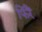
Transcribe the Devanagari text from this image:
फिरैं